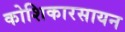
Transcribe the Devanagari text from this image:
कोशिकारसायन